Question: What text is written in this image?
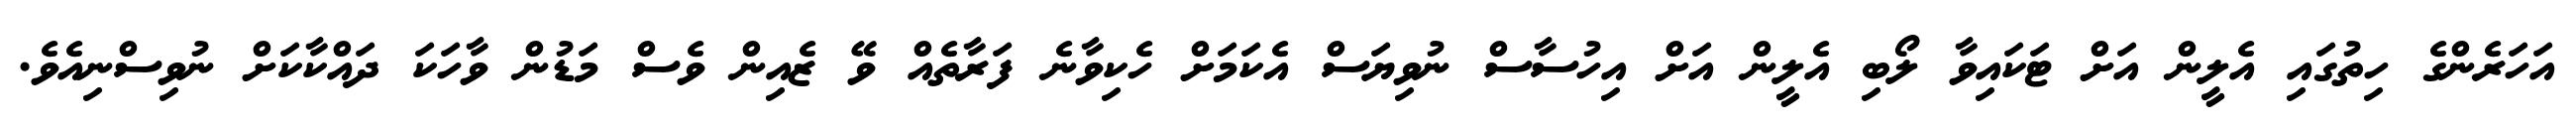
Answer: އަހަރެންގެ ހިތުގައި އެލީން އަށް ޓަކައިވާ ލޯބި އެލީން އަށް އިހުސާސް ނުވިޔަސް އެކަމަށް ހެކިވާނެ ފަރާތެއް ވޭ ޒެއިން ވެސް މަޑުން ވާހަކަ ދައްކާކަށް ނުވިސްނިއެވެ.